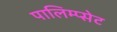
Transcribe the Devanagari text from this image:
पालिम्प्सेट